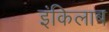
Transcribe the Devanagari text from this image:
इंकिलाब